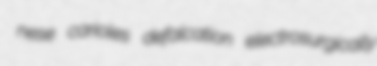
nese carioles defalcation electrosurgically